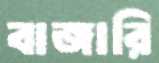
বাজারি